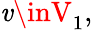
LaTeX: \mathit{v}\inV_{1},